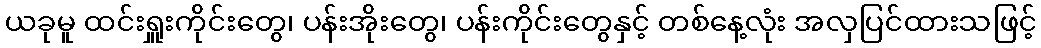
ယခုမူ ထင်းရှူးကိုင်းတွေ၊ ပန်းအိုးတွေ၊ ပန်းကိုင်းတွေနှင့် တစ်နေ့လုံး အလှပြင်ထားသဖြင့်